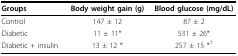
| Groups | Body weight gain (g) | Blood glucose (mg/dL) |
 | --- | --- | --- |
 | Control | 147 ± 12 | 87 ± 2 |
 | Diabetic | 11 ± 11* | 531 ± 26* |
 | Diabetic + insulin | 13 ± 12 * | 257 ± 15 *† |